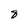
Character: 8